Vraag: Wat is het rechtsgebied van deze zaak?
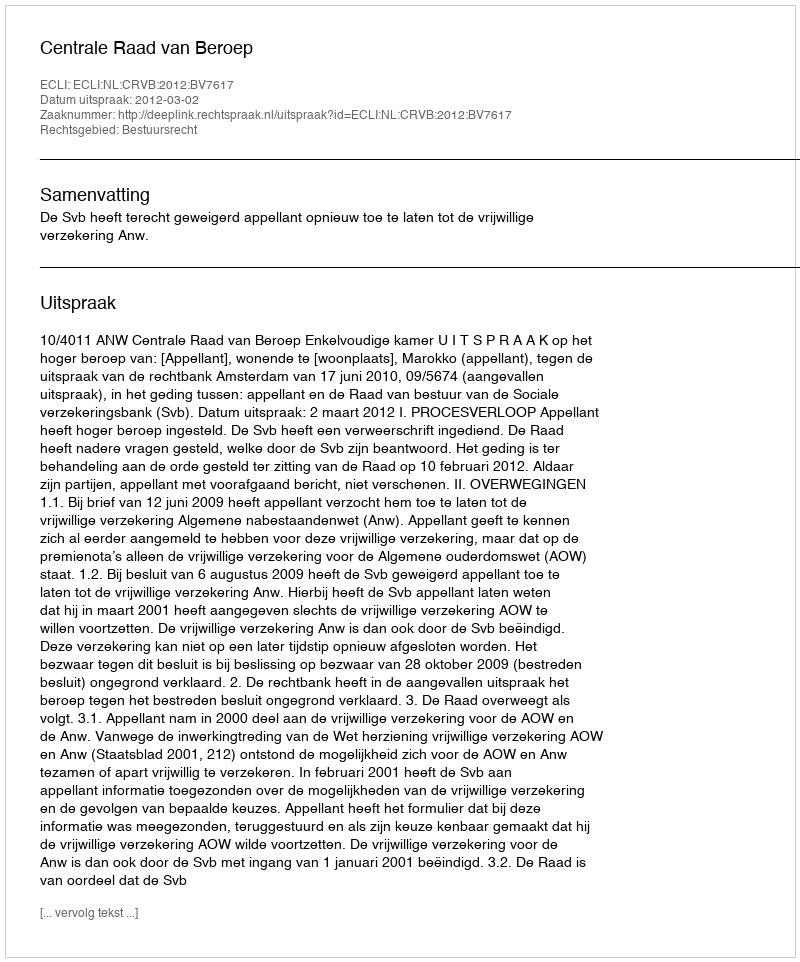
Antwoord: Bestuursrecht